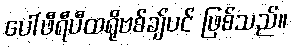
ပေါ်ဖီရီပီထရိုဗစ်ချ်ပင် ဖြစ်သည်။